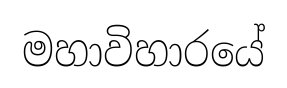
මහාවිහාරයේ